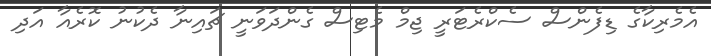
އެމެރިކާގެ ޑިފެންސް ސެކްރެޓަރީ ޖިމް މެޓިސް ގެންދަވަނީ ޗައިނާ ދެކުނު ކޮރެއާ އަދި